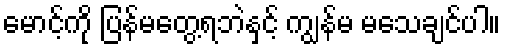
မောင့်ကို ပြန်မတွေ့ရဘဲနှင့် ကျွန်မ မသေချင်ပါ။